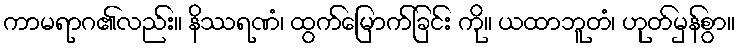
ကာမရာဂ၏လည်း။ နိဿရဏံ၊ ထွက်မြောက်ခြင်း ကို။ ယထာဘူတံ၊ ဟုတ်မှန်စွာ။